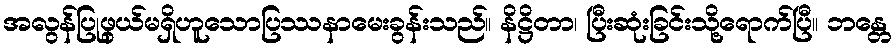
အလွန်ပြုဖွယ်မရှိဟူသောပြဿနာမေးခွန်းသည်။ နိဋ္ဌိတာ၊ ပြီးဆုံးခြင်းသို့ရောက်ပြီ။ ဘန္တေ